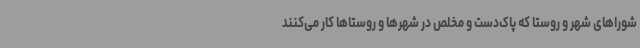
شوراهای شهر و روستا که پاک‌دست و مخلص در شهرها و روستاها کار می‌کنند